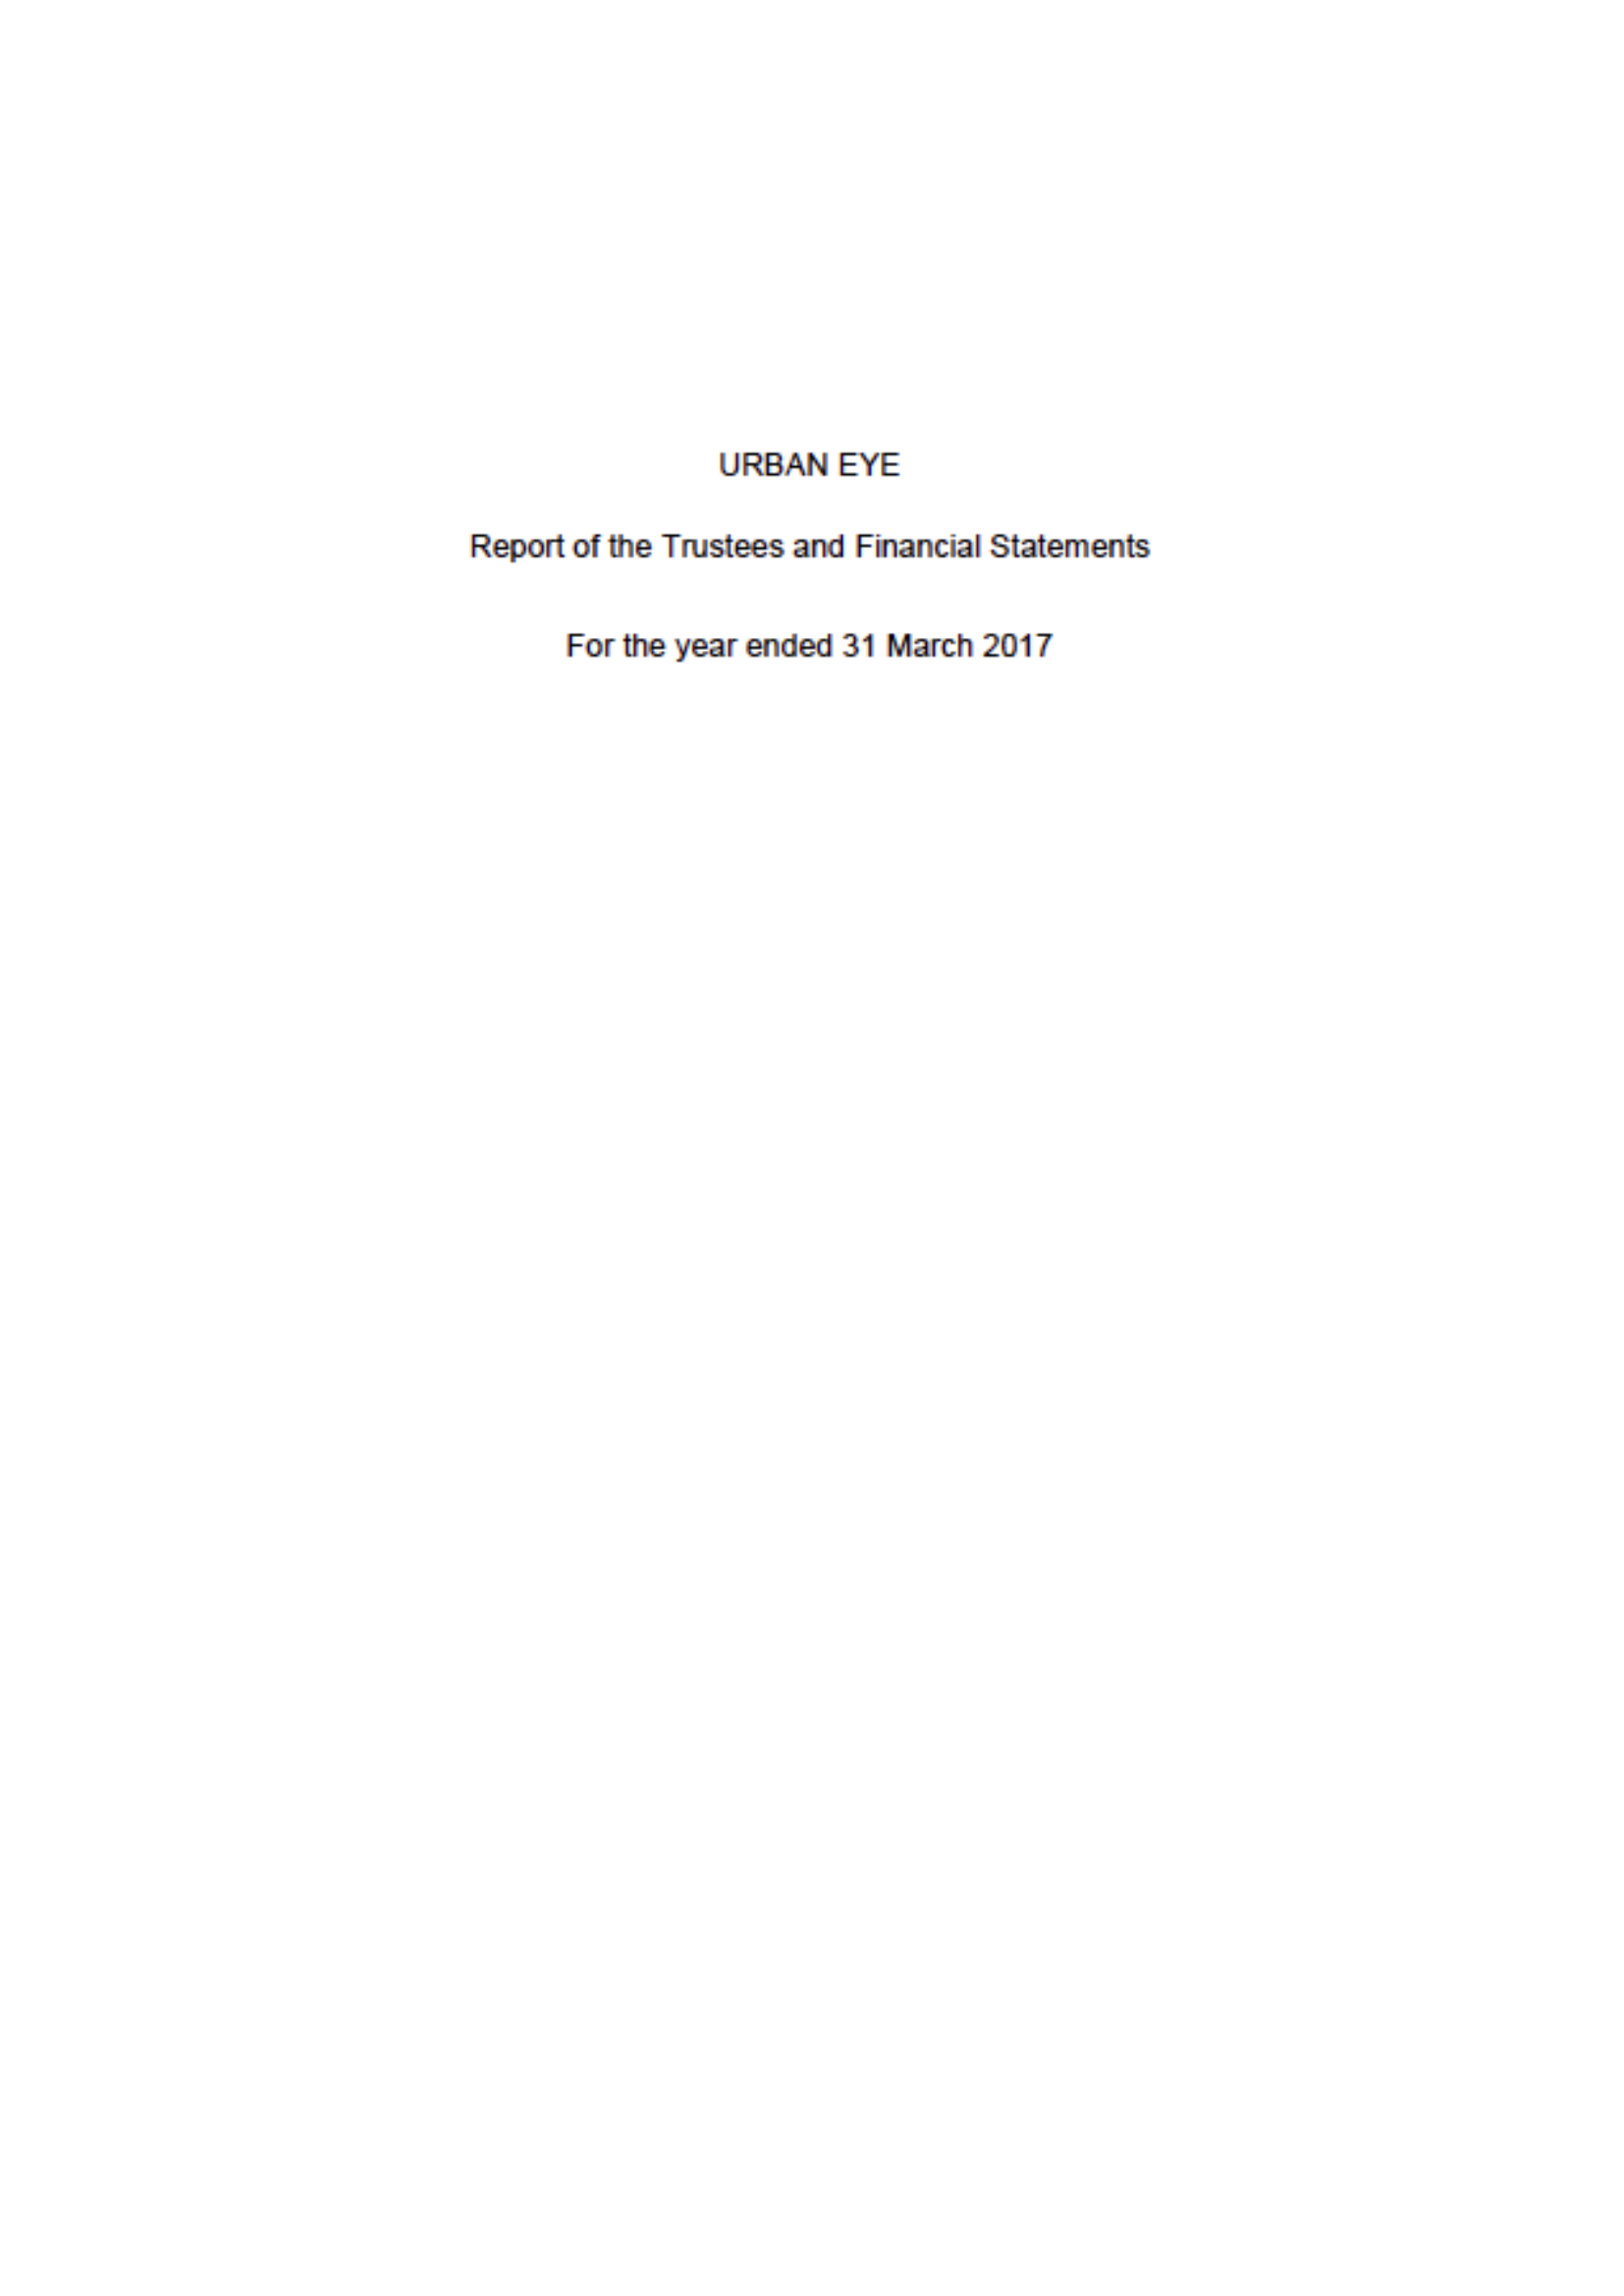
URBAN  EYE
     Report of the Trustees and Financial Statements
     For the year ended 31 March 2017